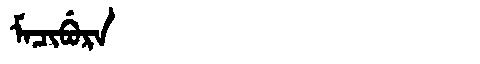
Manchu: ᠮᠠᠴᡳᠪᡠᡵᠠ
Romanization: MACIBURA